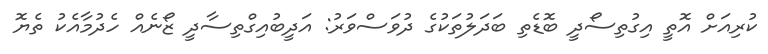
ކުރިއަށް އޮތީ އިގުތިސޯދީ ބޮޑެތި ބަދަލުތަކުގެ ދުވަސްވަރު: އަދީބުއިގްތިސާދީ ޒޯނެއް ހެދުމާއެކު ތެޔޮ